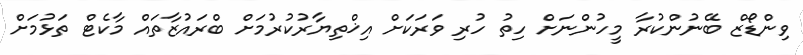
ވިންޑޯޒް ބޭނުންކުރާ މީހުންނަށް ހިތު ހުރި ވަރަކަށް އިޚްތިޔާރުކުރުމަށް ބްރައުޒާތައް މާކެޓް ތަޅުމަށް